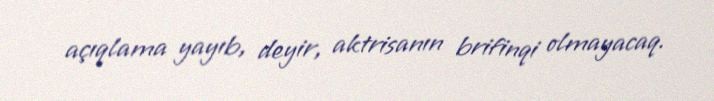
açıqlama yayıb, deyir, aktrisanın brifinqi olmayacaq.